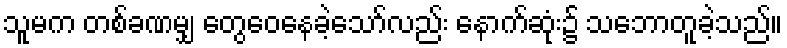
သူမက တစ်ခဏမျှ တွေဝေနေခဲ့သော်လည်း နောက်ဆုံး၌ သဘောတူခဲ့သည်။